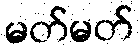
မတ်မတ်